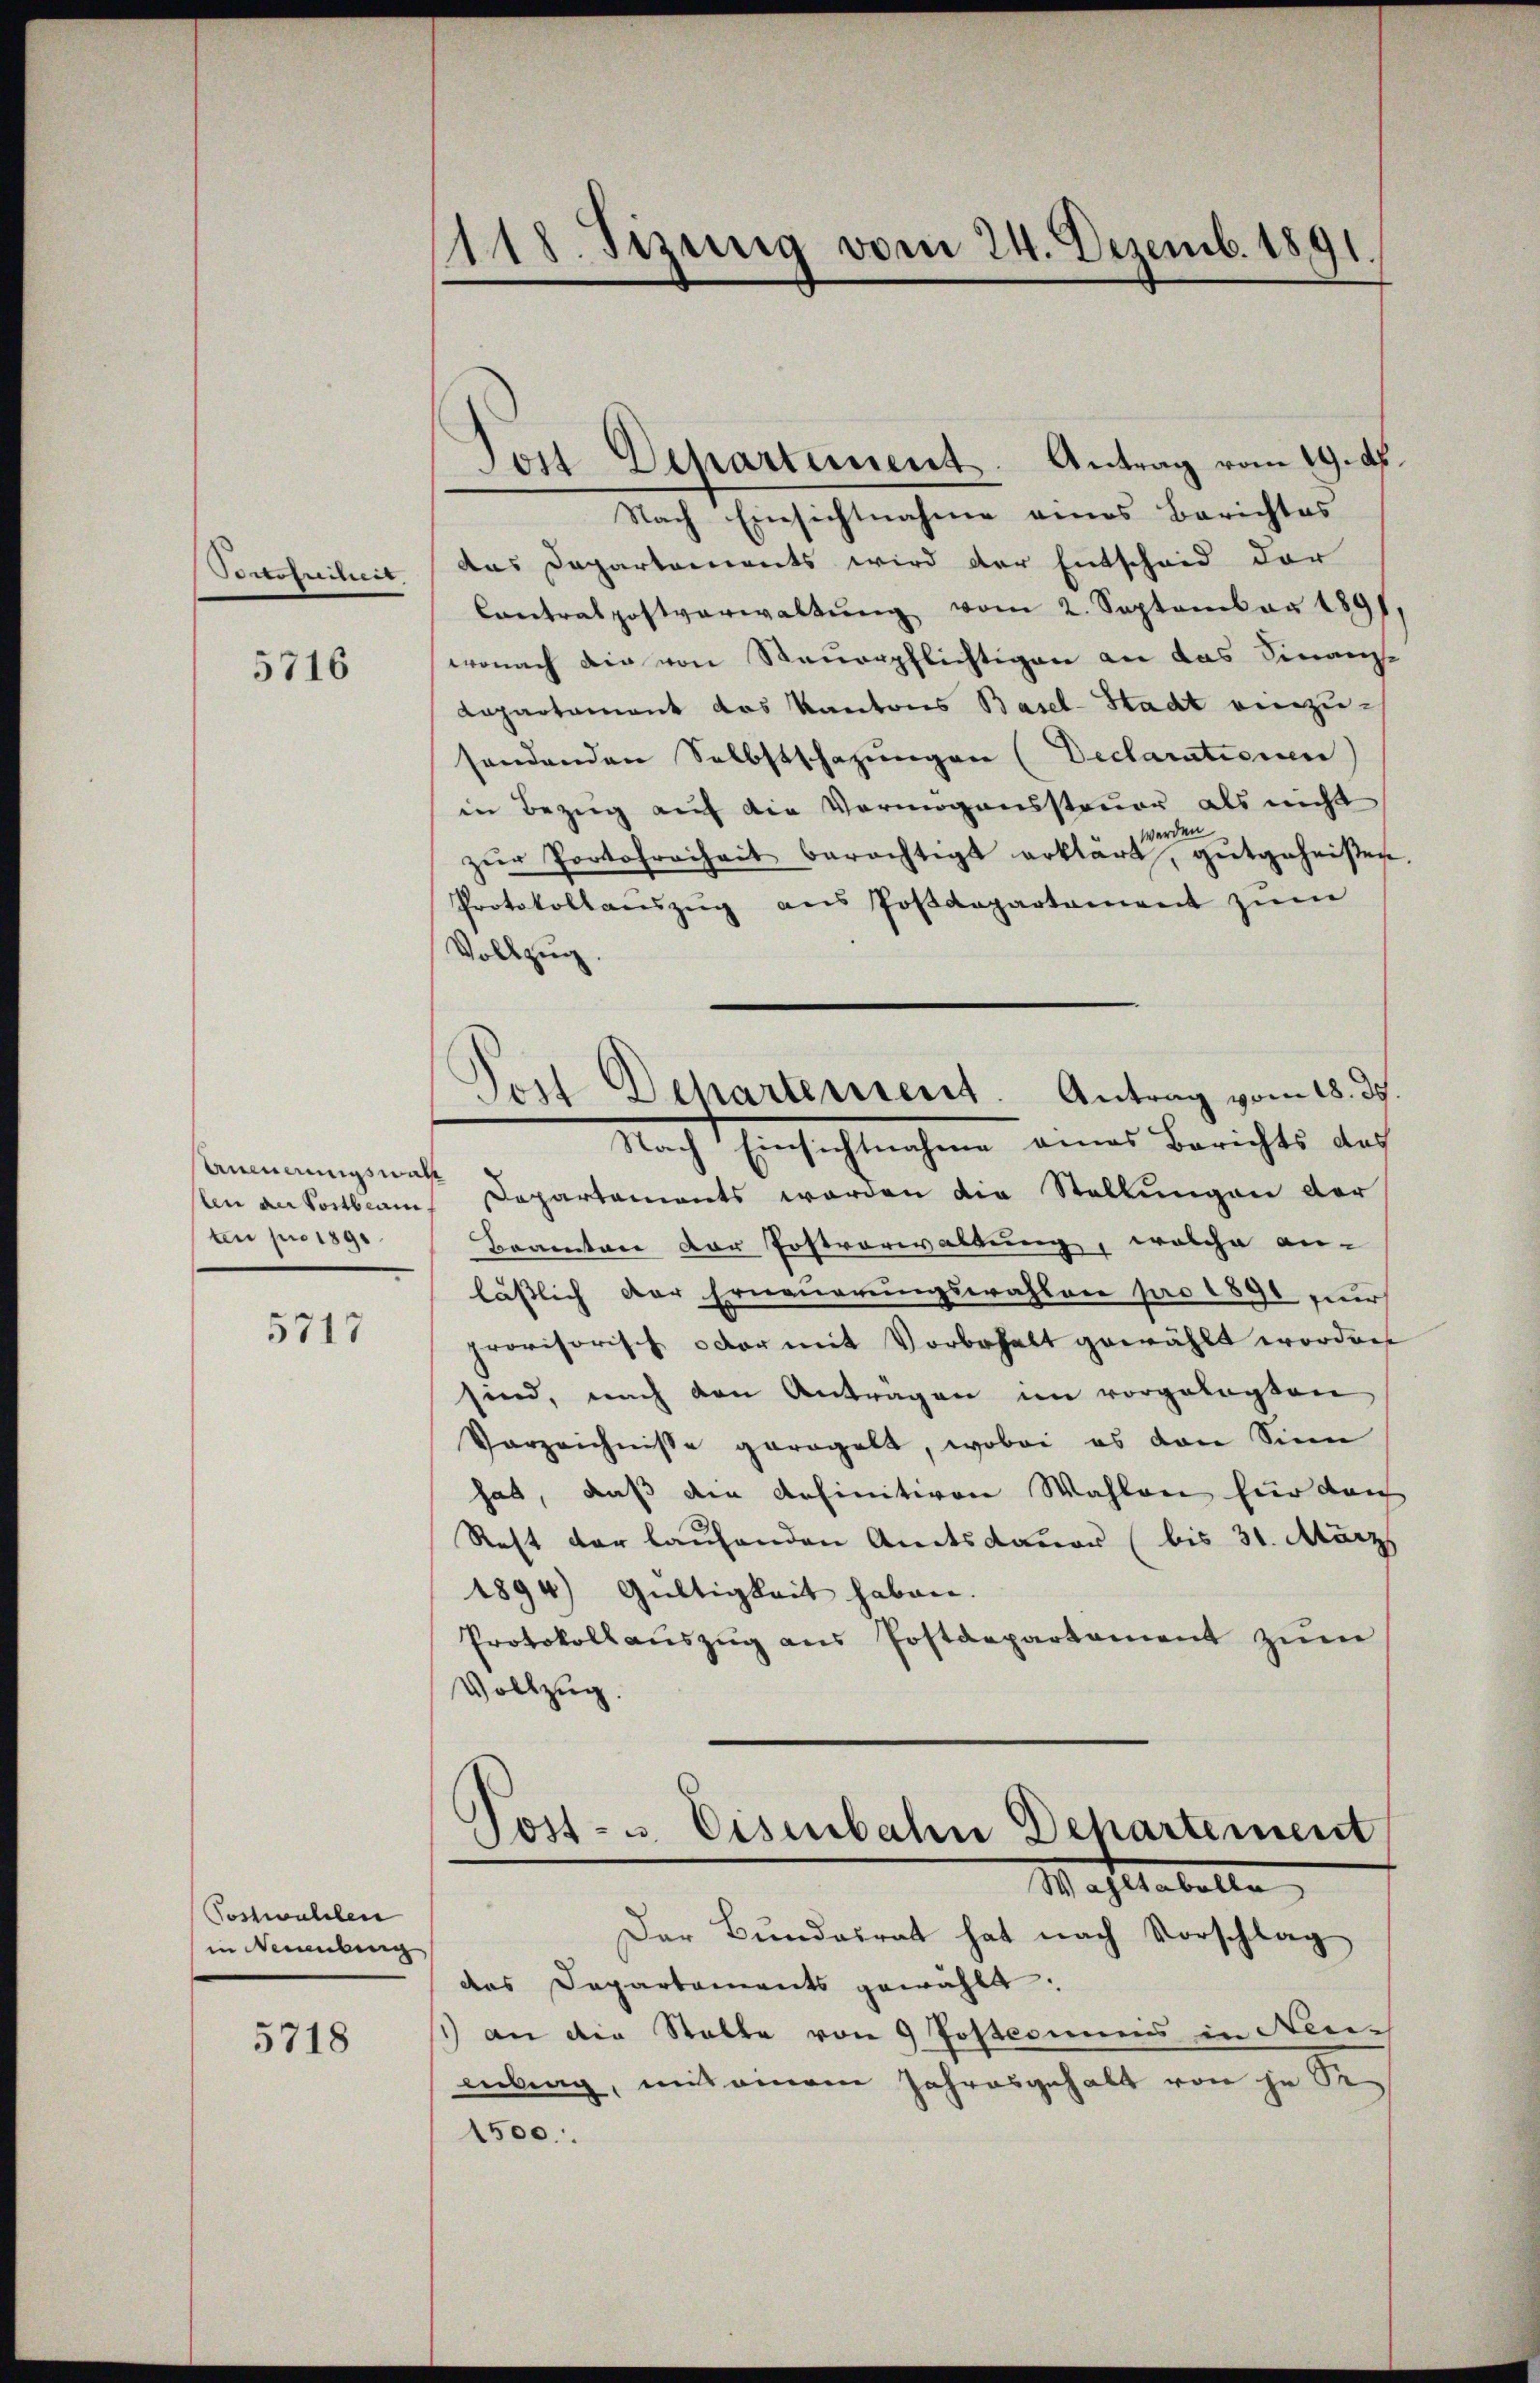
Artoseiheit

5716

Annerungswah
ten pro 1891

5717

Postwahlen
in Neuenburg

5718

1118. Sizung vom 24. Dezemb. 1891.

Jost Departement. Antrag vom 19. Ap
Nach Einsichtnahme eines Berichtes
das Departements wird der Entscheid der
Contralpostverwaltŭng vom 2. September 1891,
wonach die von Steuerpflichtigen an das Finanz-
Lapartament das Kantons Basel-Stadt einzusendenden Selbstschazungen (Declarationen)
in Bezug auf die Vermögenssteuer als nicht
werden
zŭr Portofreiheit berechtigt erklärt, gutgeheißen
Protokollaŭszŭg aŭs Postdepartement zŭm
Vollzug.
Nach Einschleichen eines Berichts der
slen an Sortbian Departements worden die Stellungen der
Beamten der Postverwaltung, welche an-
lässlich der Erneuerungswahlen pro 1891 zur
provisorisch oder mit Vorbehalt gewählt worden
sind, nach den Antragen im vorgelegten
Vorzeichnisse geregelt, wobei es von Sinn
hat, daß die definitiven Wahlen für durch
Rest der laufenden Amtsdauer (bis 31. März
1894) Gültigkeit haben.
Protokoll aŭszŭg ans Postdepartament zŭm
Vollzug.
Post- u. Eisenbahn Departement
Macht tabelle
Der Bundesrat hat nach Vorschlag
das Departements gewählt.
) an die Statte von 9 Postcommis in Neuenbrag, mit einem Jahresgehalt von je Se-
1500.

Post Departement. Antrag vom 18. ds.